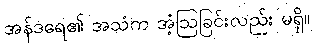
အန်ဒရေ၏ အသံက အံ့ဩခြင်းလည်း မရှိ။